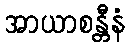
အာယာစန္တီနံ